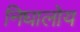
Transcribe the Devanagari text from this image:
निघालोय